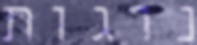
נוגות